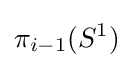
\pi _{i-1}(S^{1})